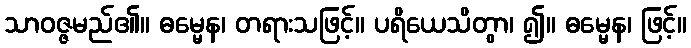
သာဝဇ္ဇမည်၏။ ဓမ္မေန၊ တရားသဖြင့်။ ပရိယေသိတွာ၊ ၍။ ဓမ္မေန၊ ဖြင့်။